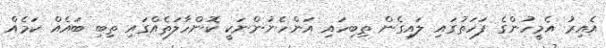
އެއިރު އެމީހުންގެ ފަހަތުގައި ލައިގެން ތިބިހައި އަންހެނުންނަކީ ކޮންހާލަތެއްގައި ތިބި ބައެއް ކަމެއް